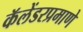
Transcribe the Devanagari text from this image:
कॅलेंडरप्रमाणे